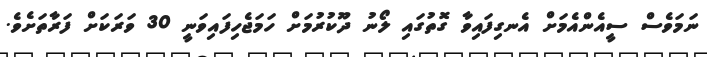
ނަމަވެސް ސީއެންއެމަށް އެނގިފައިވާ ގޮތުގައި ލޯނު ދޫކުރުމަށް ހަމަޖެހިފައިވަނީ 30 ވަރަކަށް ފަރާތަށެވެ.